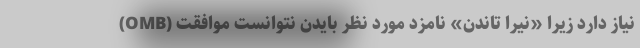
(OMB) نیاز دارد زیرا «نیرا تاندن» نامزد مورد نظر بایدن نتوانست موافقت